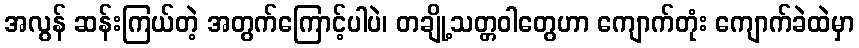
အလွန် ဆန်းကြယ်တဲ့ အတွက်ကြောင့်ပါပဲ၊ တချို့သတ္တဝါတွေဟာ ကျောက်တုံး ကျောက်ခဲထဲမှာ